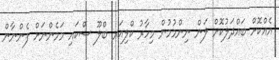
އެއްކޮށް ބައްދަލުކޮށް ލަން ނިންމުމުން މިހާރު ކްލިއަރ ބްލޫ ސްކައި މަމެންނަށް ފެންނާން